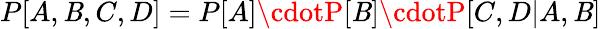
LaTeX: P[A,\mathit{B},C,D]=P[A]\cdotP[\mathit{B}]\cdotP[C,D|A,\mathit{B}]